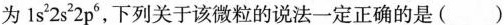
为1s^{2}2s^{2}2p^{6}，下列关于该微粒的说法一定正确的是()